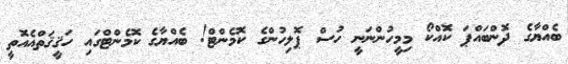
ބެއްޔާގެ ދޮންބައްޕަ ކޮއްކޯ މިމީހުންނަނީ ހުސް ޕޮލިހުންގެ ކޮމެންޓް! ބެއްޔާގެ ކޮމެންޓްގައި ހަޤީޤަތްއެއޮތީ